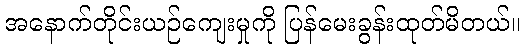
အနောက်တိုင်းယဉ်ကျေးမှုကို ပြန်မေးခွန်းထုတ်မိတယ်။